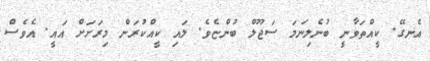
އެނގޭ. ކީއްތަވާނީ ބުނެލިނަމަ ސަޖޫލް ބުންޏެވެ. ލައި ކީއްކުރަން މިރަށަށް އައީ. އެވެސް